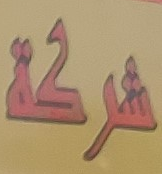
شركة